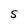
Character: S